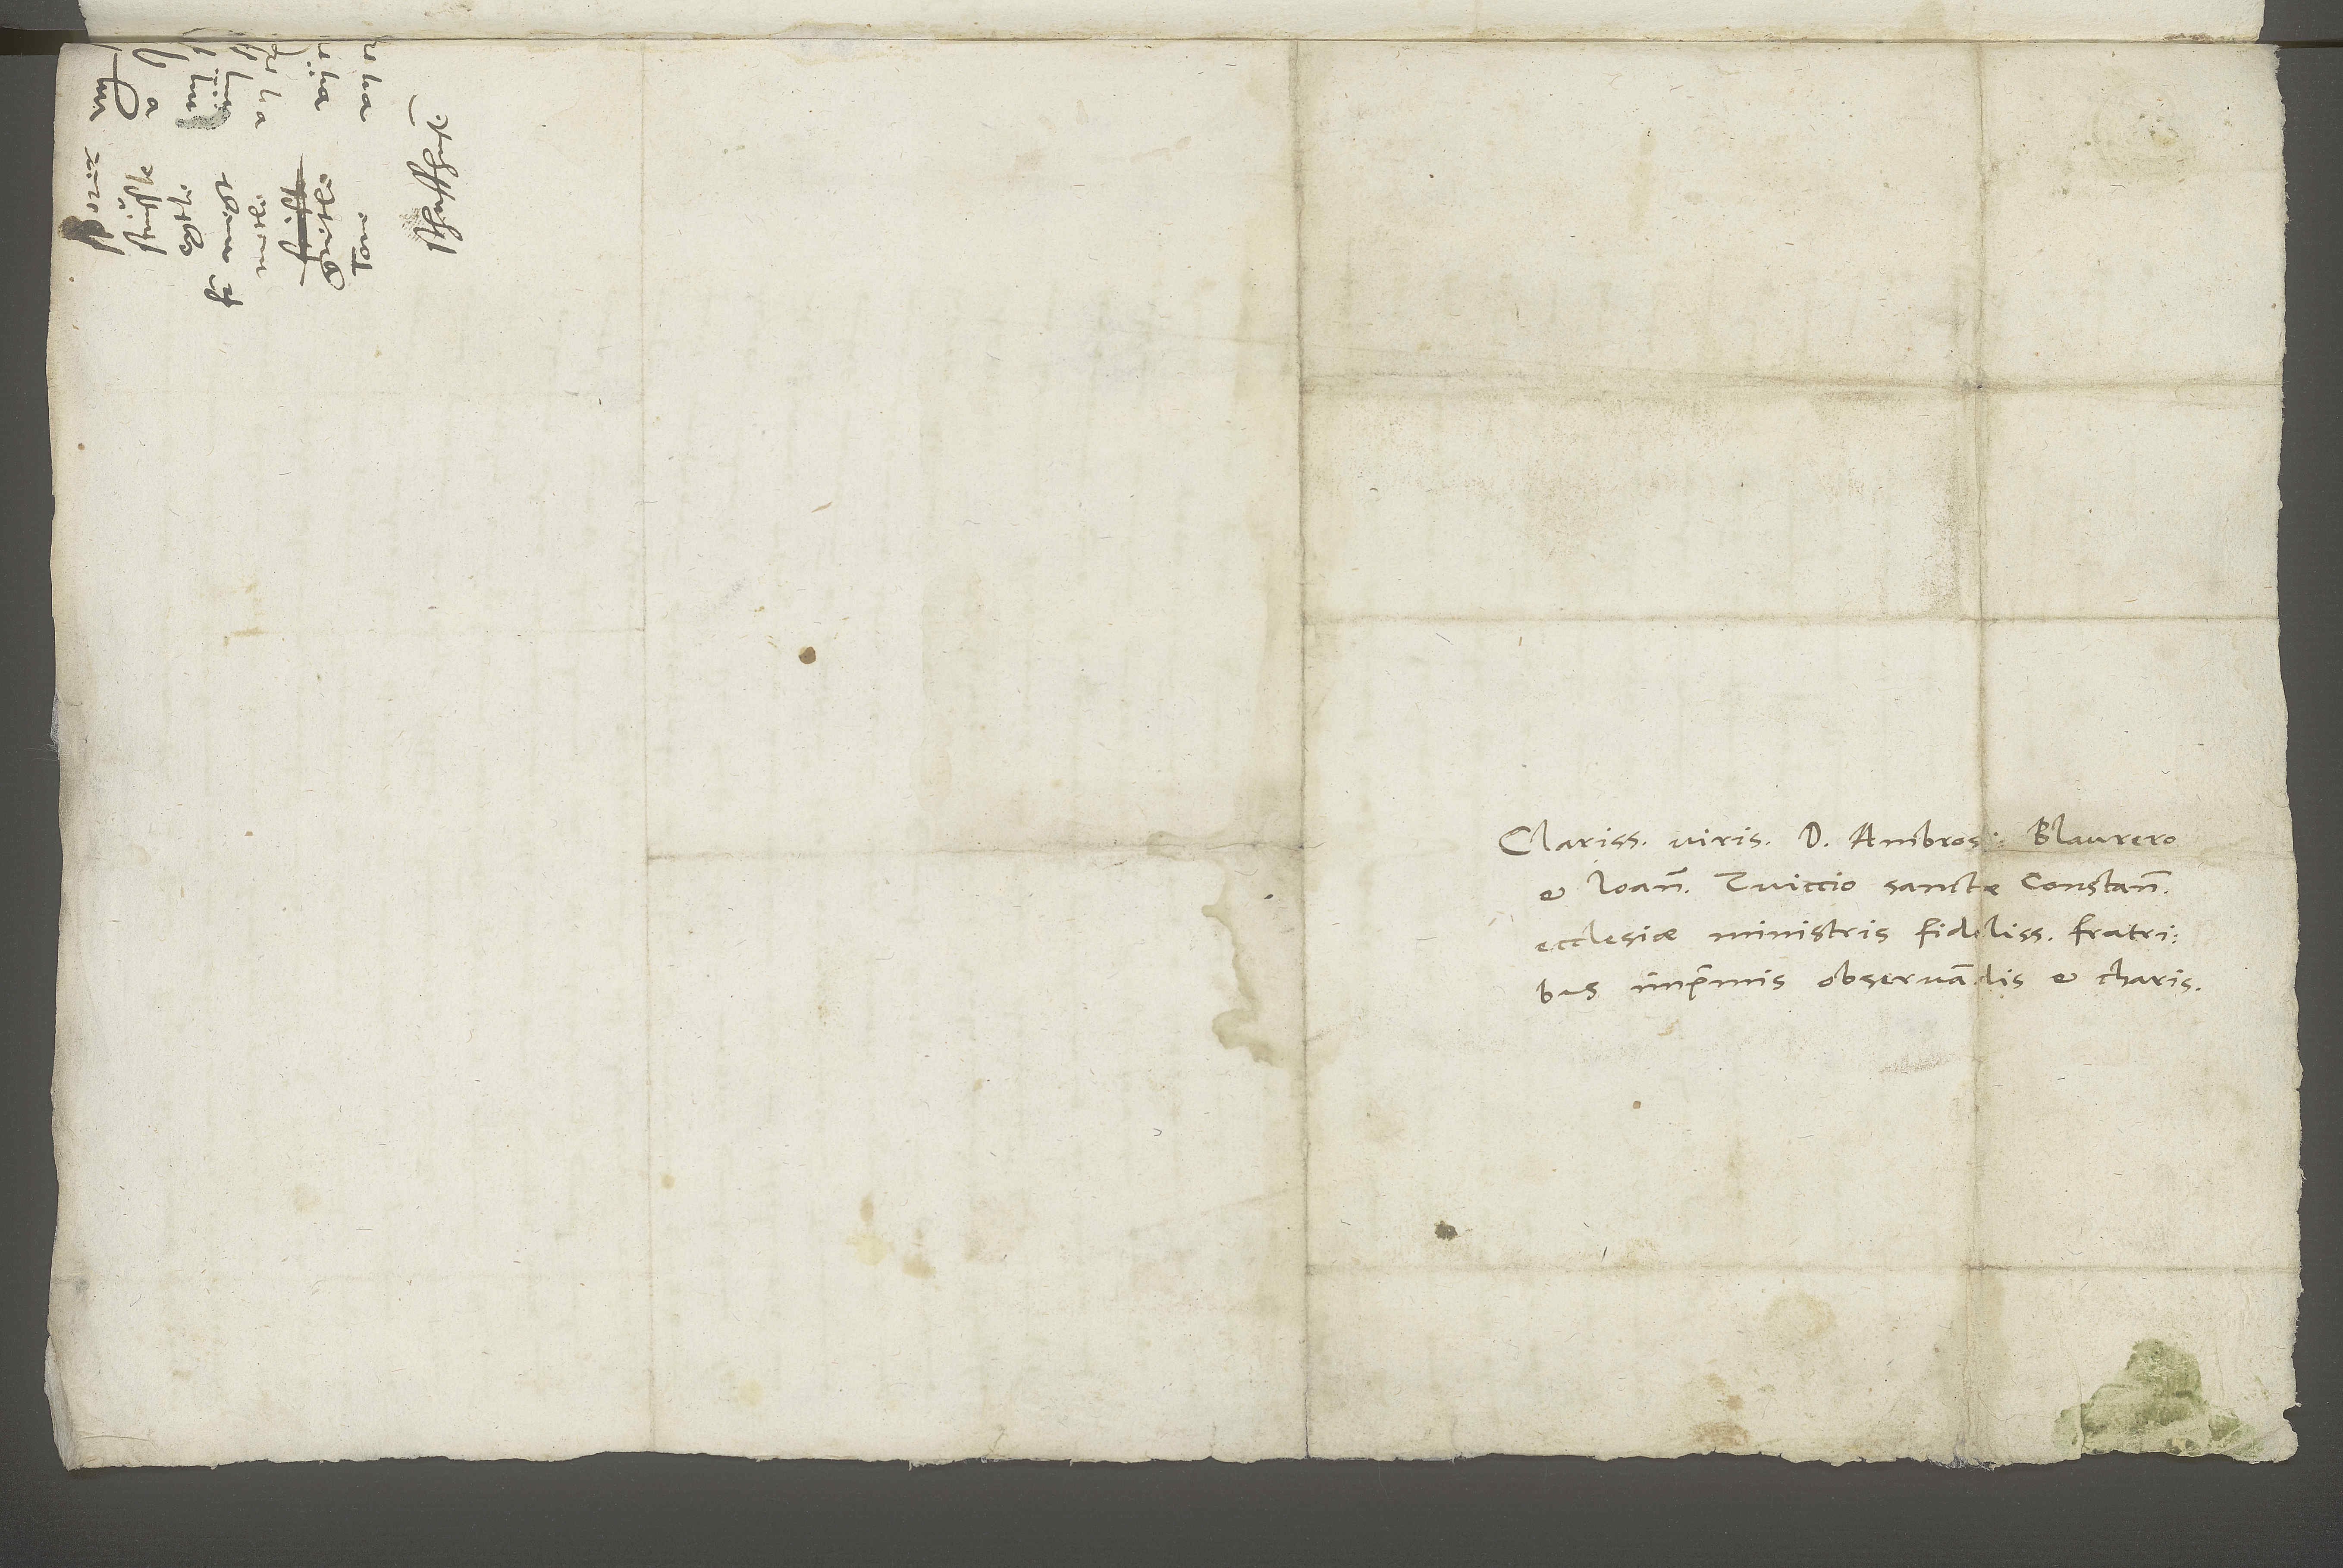
Charissimis viris d. Ambrosio Blaurero
et Ioanni Zuiccio, sanctae Constantiensis
ecclesiae ministris fidelissimis, fratribus
imprimis observandis et charis.